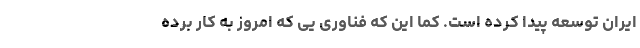
ایران توسعه پیدا کرده است. کما این که فناوری یی که امروز به کار برده